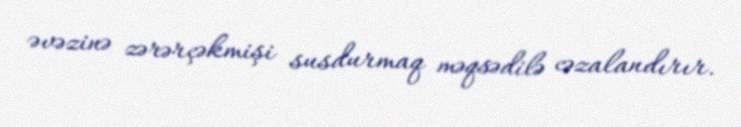
əvəzinə zərərçəkmişi susdurmaq məqsədilə cəzalandırır.